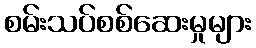
စမ်းသပ်စစ်ဆေးမှုများ